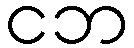
ငဘ